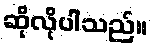
ဆိုလိုပါသည်။